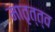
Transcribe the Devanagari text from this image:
मातृत्त्व